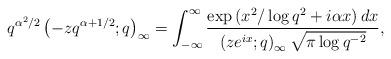
LaTeX: \begin{align*}q^{\alpha^{2}/2}\left(-zq^{\alpha+1/2};q\right)_{\infty}=\int_{-\infty}^{\infty}\frac{\exp\left(x^{2}/\log q^{2}+i\alpha x\right)dx}{\left(ze^{ix};q\right)_{\infty}\sqrt{\pi\log q^{-2}}},\end{align*}